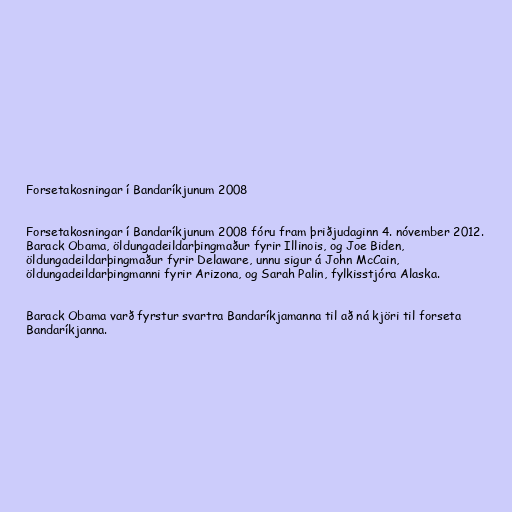
Forsetakosningar í Bandaríkjunum 2008

Forsetakosningar í Bandaríkjunum 2008 fóru fram þriðjudaginn 4. nóvember 2012.
Barack Obama, öldungadeildarþingmaður fyrir Illinois, og Joe Biden,
öldungadeildarþingmaður fyrir Delaware, unnu sigur á John McCain,
öldungadeildarþingmanni fyrir Arizona, og Sarah Palin, fylkisstjóra Alaska.

Barack Obama varð fyrstur svartra Bandaríkjamanna til að ná kjöri til forseta
Bandaríkjanna.